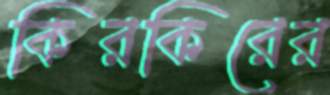
কিরকিরের